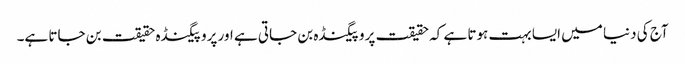
آج کی دنیا میں ایسا بہت ہوتا ہے کہ حقیقت پروپیگنڈہ بن جاتی ہے اور پروپیگنڈہ حقیقت بن جاتا ہے۔